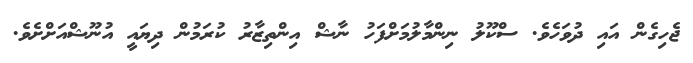
ޖެހިގެން އައި ދުވަހެވެ. ސްކޫލު ނިންމާލުމަށްފަހު ނާޝް އިންތިޒާރު ކުރަމުން ދިޔައީ އުނޫޝްއަށްށެވެ.